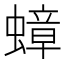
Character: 蟑